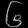
Digit: ၆